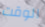
الوقت